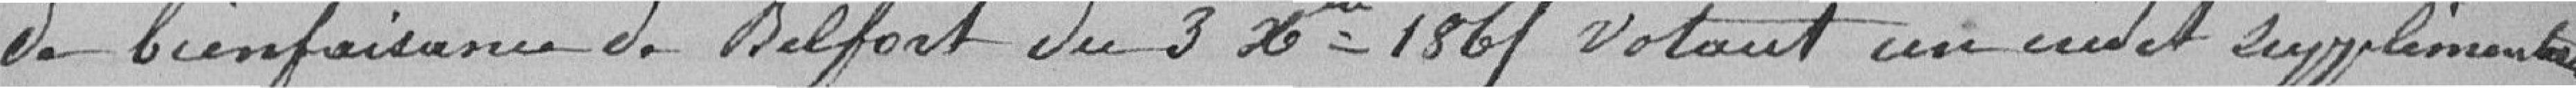
de bienfaisance de Belfort du 3 décembre 1861 votant un crédit supplémentaire